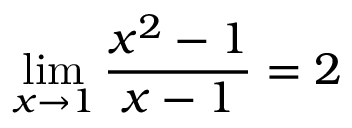
\operatorname* { l i m } _ { x \to 1 } { \frac { x ^ { 2 } - 1 } { x - 1 } } = 2